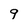
Character: 9